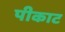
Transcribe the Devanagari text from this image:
पीकाट